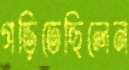
গড়িতেছিলেন